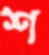
শ